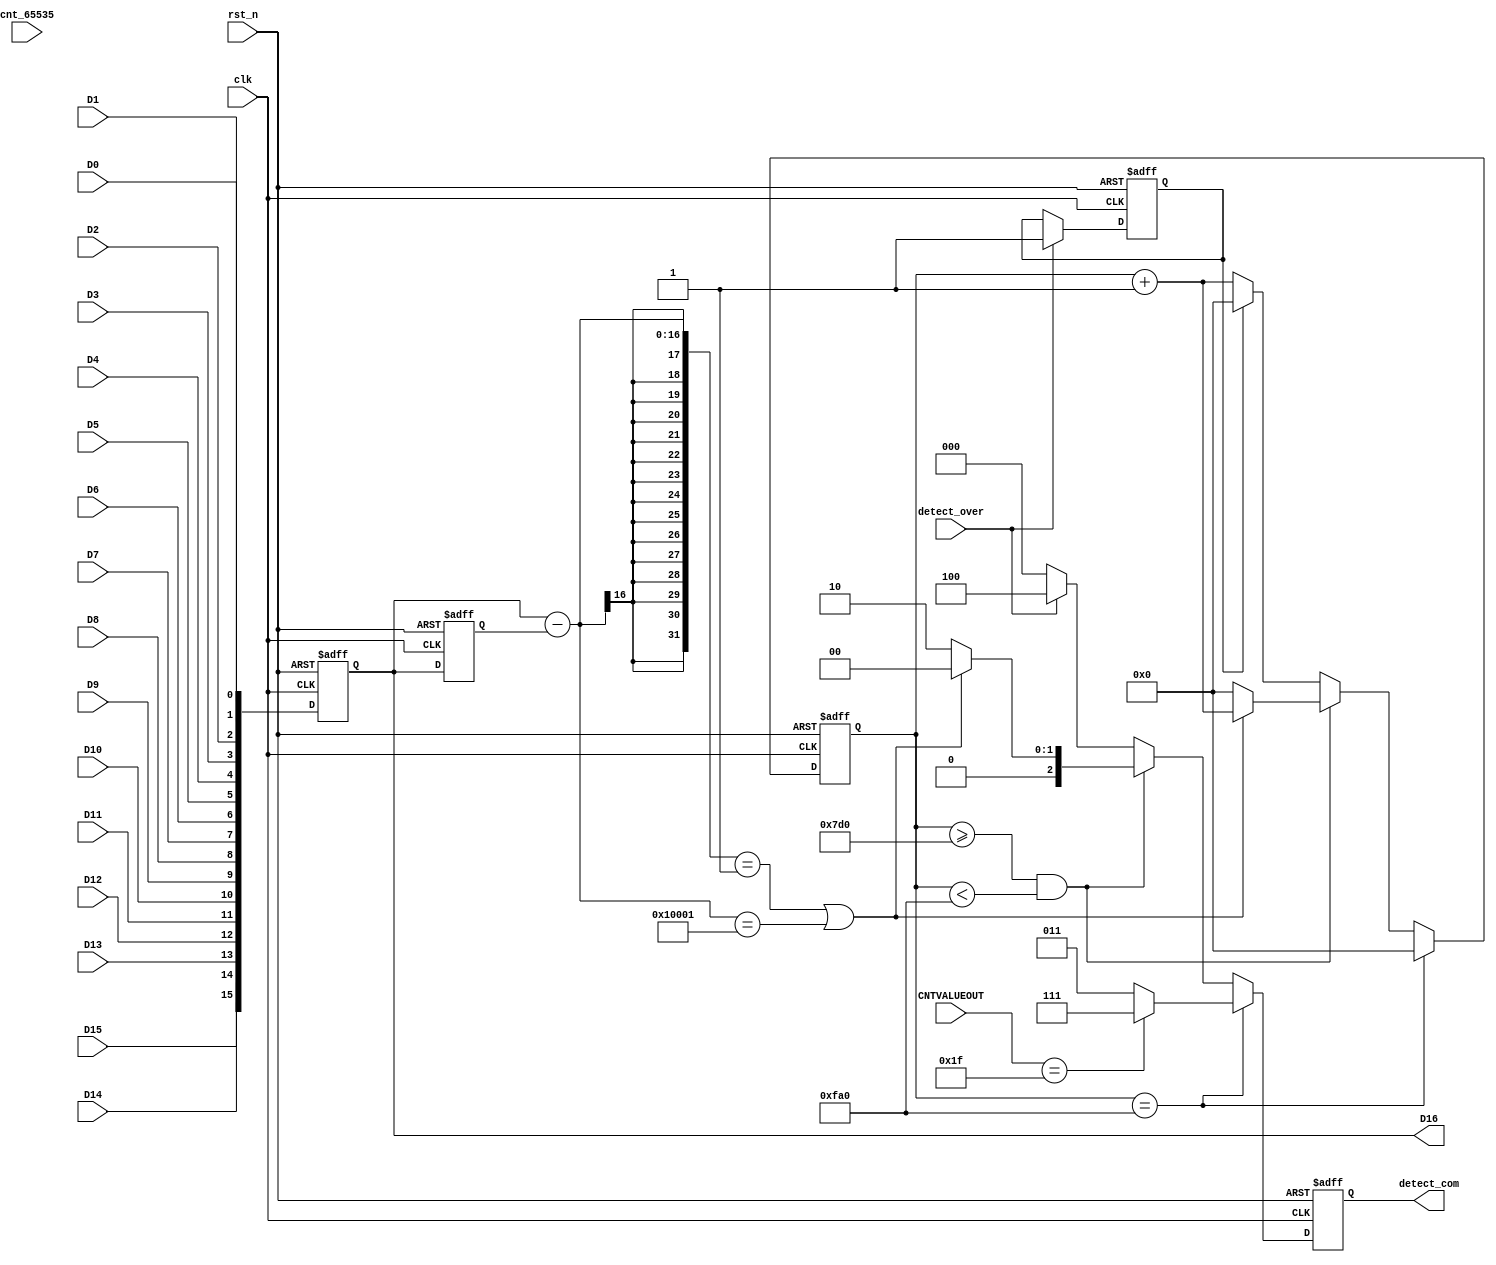
// This is a simple example.
// You can make a your own header file and set its path to settings.
// (Preferences > Package Settings > Verilog Gadget > Settings - User)
//
//		"header": "Packages/Verilog Gadget/template/verilog_header.v"
//
// -----------------------------------------------------------------------------
// Copyright (c) 2014-2023 All rights reserved
// -----------------------------------------------------------------------------
// Create : 2023-10-28 16:53:45
// Revise : 2023-10-28 16:53:45
// Editor : sublime text4, tab size (4)
// Descri : ADC, the core logic code go to 59 or 87 rows.
// -----------------------------------------------------------------------------
module Bit_Splice_Detect_Pro (
	input clk,    // Clock
	input rst_n,  // Asynchronous reset active low
	input [4:0] CNTVALUEOUT,
	input detect_over,

	input [23:0] cnt_65535,

	input D0,
	input D1,
	input D2,
	input D3,
	input D4,
	input D5,
	input D6,
	input D7,
	input D8,
	input D9,
	input D10,
	input D11,
	input D12,
	input D13,
	input D14,
	input D15,

	output reg [2:0] detect_com,
	output reg signed [15:0] D16
);
	
	reg signed [15:0] D16_clap;
	reg [15:0] cnt_4000;		//2000
	reg detect_com_latch;

	wire [16:0] detect_result;

	/*detect_com_latch*/
	always @(posedge clk or negedge rst_n) begin
		if(~rst_n) begin
			detect_com_latch <= 1'd0;
		end else begin
			detect_com_latch <= (detect_over) ? 1'd1 : detect_com_latch;
		end
	end

	/*cnt_4000
	 1-655352000cnt_4000
	 165535IDELAYIDELAY
	*/
	// always @(posedge clk or negedge rst_n) begin
	// 	if(~rst_n) begin
	// 		cnt_4000 <= 16'd0;
	// 	end else if(detect_com_latch || detect_com[1]) begin
	// 		cnt_4000 <= 16'd0;
	// 	end else begin
	// 		cnt_4000 <= cnt_4000 + 16'd1;
	// 	end
	// end

	always @(posedge clk or negedge rst_n) begin
		if(~rst_n) begin
			D16 <= 16'd0;
		end else begin
			D16 <= {D15, D14, D13, D12, D11, D10, D9, D8, D7, D6, D5, D4, D3, D2, D1, D0};
		end
	end

	always @(posedge clk or negedge rst_n) begin
		if(~rst_n) begin
			D16_clap <= 16'd0;
		end else begin
			D16_clap <= D16;
		end
	end

	/*detect_com[1:0]*/
	//[1] express the Bit_Splice_Detect_pro module detect result flag, [0] express detect result
	always @(posedge clk or negedge rst_n) begin
		if(~rst_n) begin
			detect_com <= 3'b000;
			cnt_4000 <= 16'd0;
		end else if(cnt_4000 == 16'd4000) begin
			detect_com <= (CNTVALUEOUT == 5'd31) ? 3'b111 : 3'b011;
			cnt_4000 <= 16'd0;
		end else if(cnt_4000 >= 16'd2000 && cnt_4000 < 16'd4000) begin
			detect_com <= (({1'b0,D16} - {1'b0,D16_clap}) == 1 || ({1'b0,D16} - {1'b0,D16_clap}) == 17'h10001) ? 3'b000 : 3'b010;
			cnt_4000 <= (({1'b0,D16} - {1'b0,D16_clap}) == 1 || ({1'b0,D16} - {1'b0,D16_clap}) == 17'h10001) ? cnt_4000 + 16'd1 : 16'd0;
		end else begin
			detect_com <= (detect_over) ? 3'b100 : 3'b000;
			cnt_4000 <= (!detect_com_latch) ? cnt_4000 + 16'd1 : 16'd0;
		end
	end

	/**/
	assign detect_result = ({1'b0,D16} - {1'b0,D16_clap});

endmodule